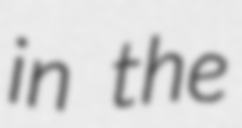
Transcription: in the